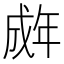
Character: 𫻽